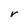
Character: r